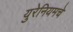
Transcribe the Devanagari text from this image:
युरेनियमचे